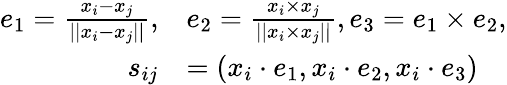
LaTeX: \begin{array}{rl}{e_{1}=\frac{x_{i}-x_{j}}{||x_{i}-x_{j}||},}&{e_{2}=\frac{x_{i}\times x_{j}}{||x_{i}\times x_{j}||},e_{3}=e_{1}\times e_{2},}\\ {s_{ij}}&{=(x_{i}\cdot e_{1},x_{i}\cdot e_{2},x_{i}\cdot e_{3})}\end{array}